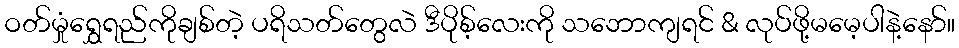
ဝတ်မှုံရွှေရည်ကိုချစ်တဲ့ ပရိသတ်တွေလဲ ဒီပိုစ့်လေးကို သဘောကျရင် & လုပ်ဖို့မမေ့ပါနဲ့နော်။